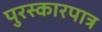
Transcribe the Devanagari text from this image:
पुरस्कारपात्र